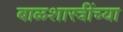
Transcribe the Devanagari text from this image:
बाळशास्त्रींच्या